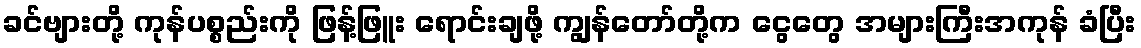
ခင်ဗျားတို့ ကုန်ပစ္စည်းကို ဖြန့်ဖြူး ရောင်းချဖို့ ကျွန်တော်တို့က ငွေတွေ အများကြီးအကုန် ခံပြီး